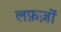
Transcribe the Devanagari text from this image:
लफ़ज़ों